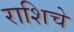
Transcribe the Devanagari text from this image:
राशिचे